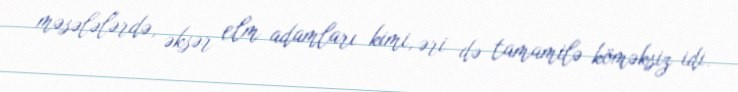
məsələlərdə, əksər elm adamları kimi, əri də tamamilə köməksiz idi.